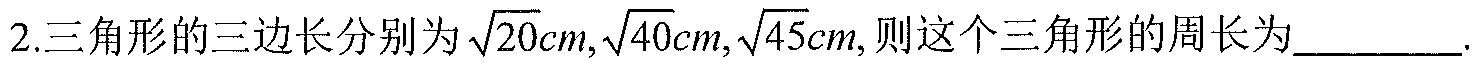
2.三角形的三边长分别为$\sqrt{20}cm,\sqrt{40}cm,\sqrt{45}cm,$则这个三角形的周长为$\_\_\_$.